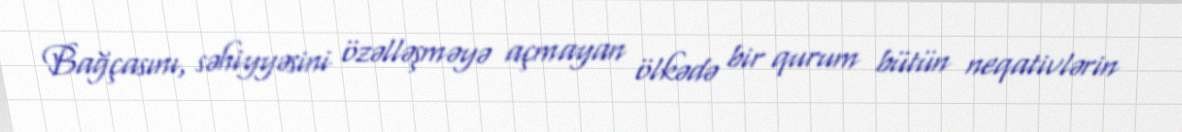
Bağçasını, səhiyyəsini özəlləşməyə açmayan ölkədə bir qurum bütün neqativlərin